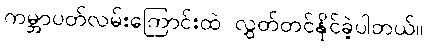
ကမ္ဘာပတ်လမ်းကြောင်းထဲ လွှတ်တင်နိုင်ခဲ့ပါတယ်။